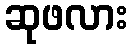
ဆုဖလား